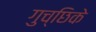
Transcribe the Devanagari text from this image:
गुच्छिके